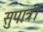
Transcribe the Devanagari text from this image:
सुपात्री